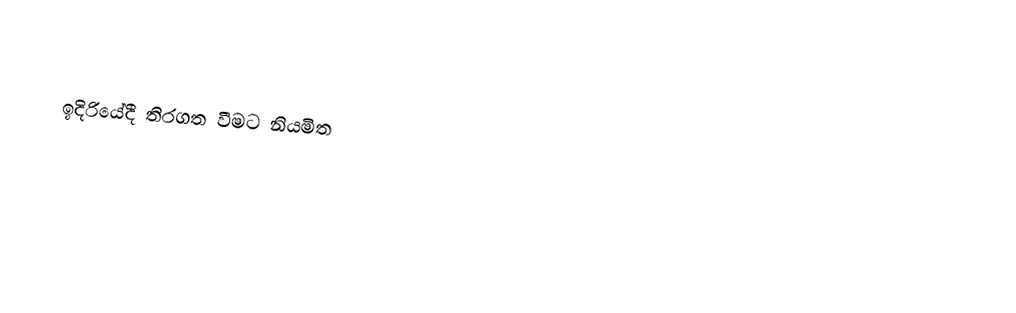

ඉදිරියේදී තිරගත වීමට නියමිත